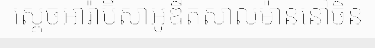
ស្តេចអារ៉ាប៊ីសាអូឌីតសាលម៉ាននៅចិន